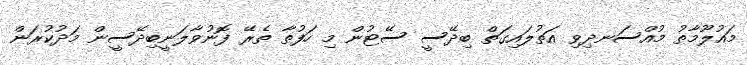
މައުލޫމާތު މުއްސަނދިވި އަތުލައިގަތް ބިދޭސީ ސޭޓުން މި ހަފުތާ ތެރޭ ފޮނުވާލަނީބިދޭސީން މަދުކުރަން